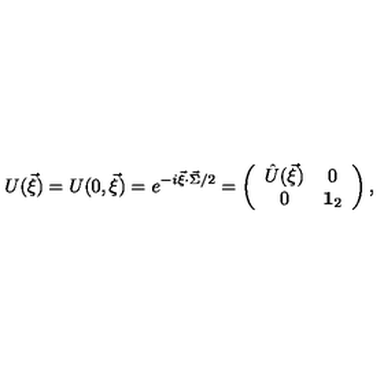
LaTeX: U ( \vec { \xi } ) = U ( 0 , \vec { \xi } ) = e ^ { - i \vec { \xi } \cdot \vec { \Sigma } / 2 } = \left( \begin{array} { c c } { \hat { U } ( \vec { \xi } ) } & { 0 } \\ { 0 } & { { \bf 1 } _ { 2 } } \\ \end{array} \right) ,